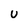
Character: U